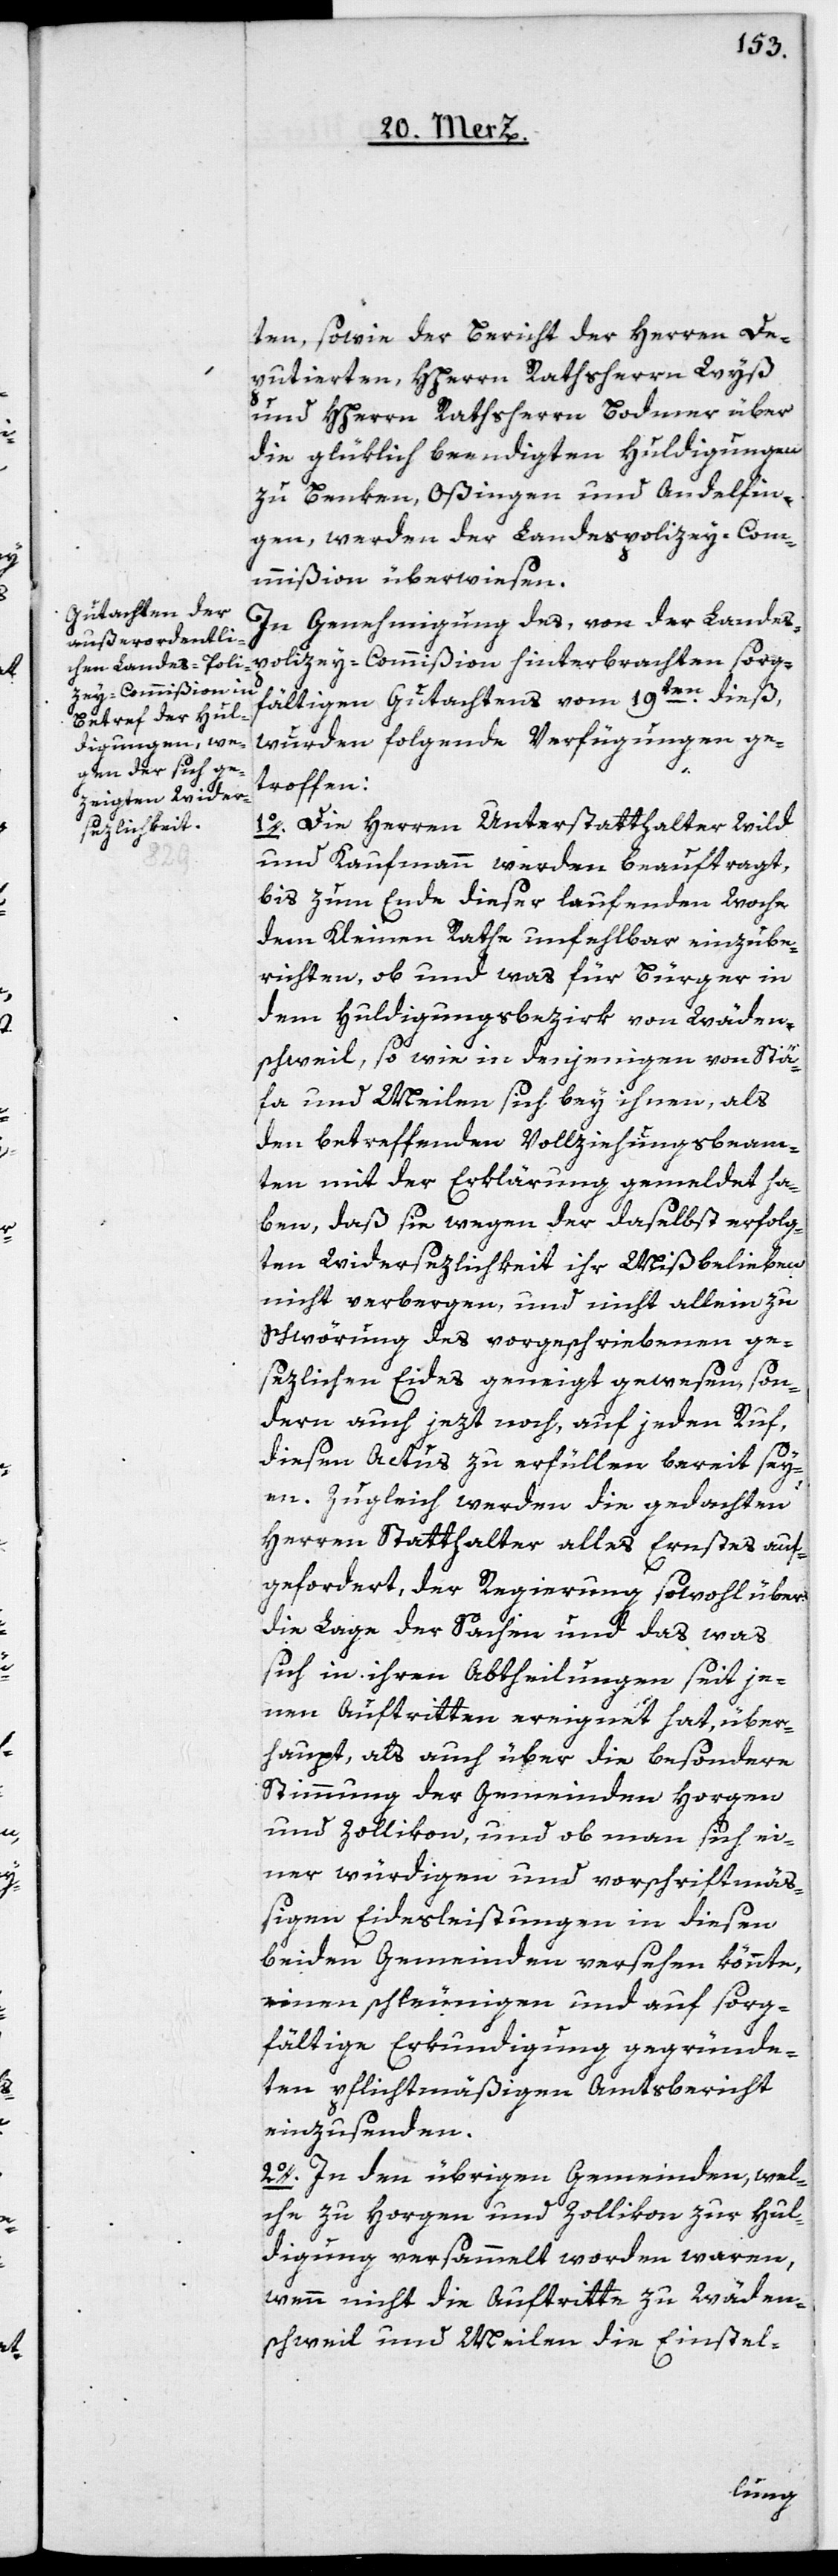
ten, sowie der Bericht der Herren De¬
putierten, HHerrn Rathsherr Wyß
und HHerrn Rathsherrn Bodmer über
die glüklich beendigten Huldigungen
zu Benken, Oßingen und Andelfin¬
gen, werden der Landespolizey-Com¬
mißon überwiesen.
In Genehmigung des, von der Landes¬
polizey-Commißion hinterbrachten sorg¬
fältigen Gutachtens vom 19ten dieß,
wurden folgende Verfügungen ge¬
troffen:
1o. Die Herren Unterstatthalter Wild
und Kaufmann werden beauftragt,
bis zum Ende dieser laufenden Woche
dem Kleinen Rathe unfehlbar einzube¬
richten, ob und was für Bürger in
dem Huldigungsbezirk von Wäden¬
schweil, so wie in denjenigen von Stä¬
fa und Meilen sich bey ihnen, als
den betreffenden Vollziehungsbeam¬
ten mit der Erklärung gemeldet ha¬
ben, daß sie wegen der daselbst erfolg¬
ten Widersezlichkeit ihr Mißbelieben
nicht verbergen, und nicht allein zu
Schwörung des vorgeschriebenen ge¬
sezlichen Eides geneigt gewesen, son¬
dern auch jezt noch, auf jeden Ruf,
diesen Actus zu erfüllen bereit sey¬
en. Zugleich werden die gedachten
Herren Statthalter alles Ernstes auf¬
gefordert, der Regierung sowohl über
die Lage der Sachen und das, was
sich in ihren Abtheilungen seit je¬
nen Auftritten ereignet hat, über¬
haupt, als auch über die besondere
Stimmung der Gemeinden Horgen
und Zollikon, und ob man sich ei¬
ner würdigen und vorschriftsmäß¬
igen Eidesleistungen in diesen
beiden Gemeinden versehen könnte,
einen schleunigen und auf sorg¬
fältige Erkundigung gegründe¬
ten pflichtmäßigen Amtsbericht
einzusenden.
2o. In den übrigen Gemeinden, wel¬
che zu Horgen und Zollikon zur Hul¬
digung versammelt worden waren,
wenn nicht die Auftritte zu Wäden¬
schweil und Meilen die Einstel-